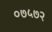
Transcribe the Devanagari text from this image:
०७५७२